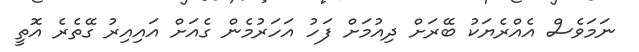
ނަމަވެސް އެއްރެޔަކު ބޭރަށް ދިއުމަށް ފަހު އަހަރުމެން ގެއަށް އައިއިރު ގޭތެރެ އޮތީ